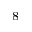
^ 8